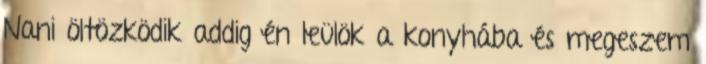
Nani öltözködik addig én leülök a konyhába és megeszem